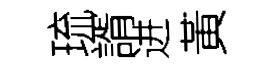
琉諝进黃